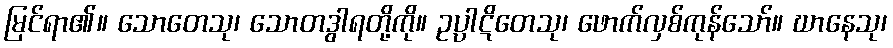
မြင်ရာ၏။ သောတေသု၊ သောတဒွါရတို့ကို။ ဥပ္ပါဋိတေသု၊ ဖောက်လှစ်ကုန်သော်။ ဃာနေသု၊